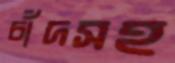
চাঁদসহ